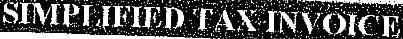
SIMPLIFIED TAX INVOICE